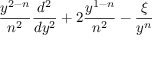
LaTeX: \frac { y ^ { 2 - n } } { n ^ { 2 } } \frac { d ^ { 2 } } { d y ^ { 2 } } + 2 \frac { y ^ { 1 - n } } { n ^ { 2 } } - \frac { \xi } { y ^ { n } }